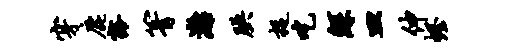
穿鹿豁箐漓腆捉吃鲧皿伸幄